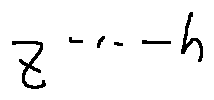
z ^ { \cdots - h }